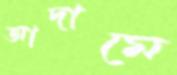
আদামে